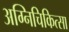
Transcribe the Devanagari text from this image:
अग्निचिकित्सा